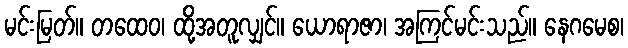
မင်းမြတ်။ တထေဝ၊ ထို့အတူလျှင်။ ယောရာဇာ၊ အကြင်မင်းသည်။ နေဂမေစ၊